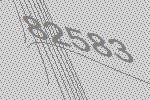
82583